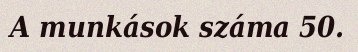
A munkások száma 50.